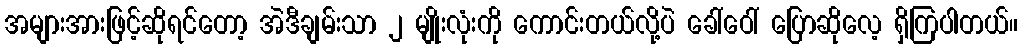
အများအားဖြင့်ဆိုရင်တော့ အဲဒီချမ်းသာ ၂ မျိုးလုံးကို ကောင်းတယ်လို့ပဲ ခေါ်ဝေါ် ပြောဆိုလေ့ ရှိကြပါတယ်။